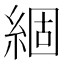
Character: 𮈗